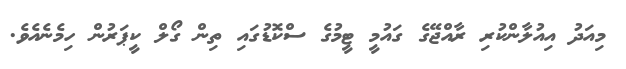
މިއަދު އިއުލާންކުރި ރާއްޖޭގެ ގައުމީ ޓީމުގެ ސްކޮޑުގައި ތިން ގޯލް ކީޕަރުން ހިމެނެއެވެ.